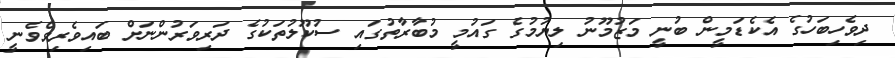
ދިވެހިބަހުގެ އެކެޑަމީން ބުނީ މަޒުމޫނު ލިޔުމުގެ ގައުމީ މުބާރާތުގައި ސުކޫލުތަކުގެ ދަރިވަރުންނަށް ބައިވެރިވެވެނީ